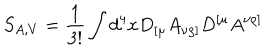
S _ { A , V } = \frac { 1 } { 3 ! } \int d ^ { 4 } x D _ { [ \mu } A _ { \nu \rho ] } D ^ { [ \mu } A ^ { \nu \rho ] }